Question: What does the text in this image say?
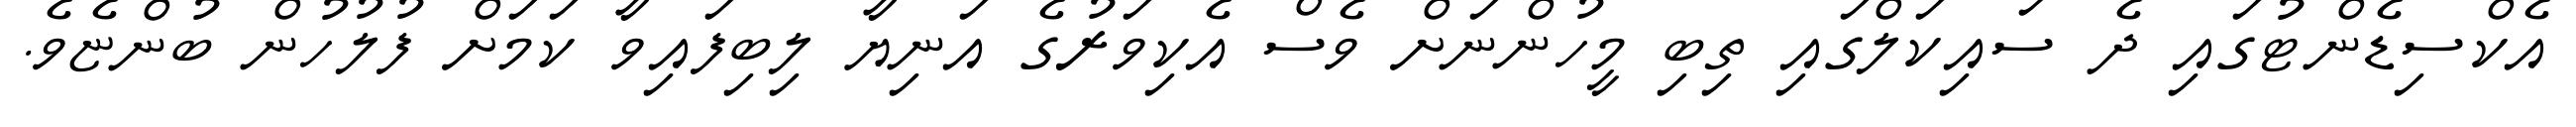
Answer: އެކްސިޑެންޓުގައި ދެ ސައިކަލްގައި ތިބި މީހުންނަށް ވެސް އެކިވަރުގެ އަނިޔާ ލިބިފައިވާ ކަމަށް ފުލުހުން ބުންޏެވެ.